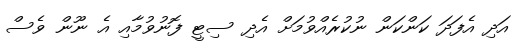
އަދި އެފަދަ ކަންކަން ނުކުރެއްވުމަށް އެދި ސިޓީ ފޮނުވުމާއި އެ ނޫން ވެސް